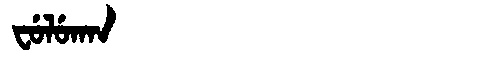
Manchu: ᠸᡠᠯᡠᡴᠠᠨ
Romanization: FULUKAN